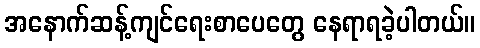
အနောက်ဆန့်ကျင်ရေးစာပေတွေ နေရာရခဲ့ပါတယ်။